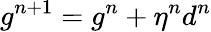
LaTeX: g^{n+1}=g^{n}+\eta^{n}d^{n}